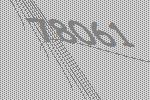
78061